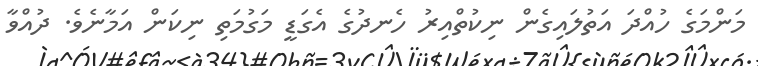
މަންމަގެ ހުއްދަ އަތުލައިގެން ނިކުތްއިރު ހެނދުގެ އެގަޑީ މަގުމަތި ނިކަން އަމާނެވެ. ދުއްވާ